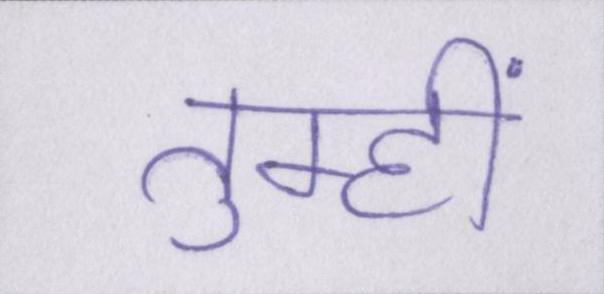
तुम्हीं